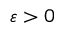
\varepsilon > 0